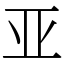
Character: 亚